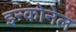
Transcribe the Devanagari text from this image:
इन्कोनेल